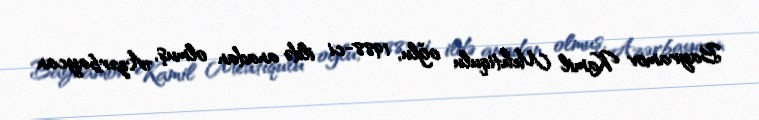
Bayramov Kamil Mehtiqulu oğlu, 1988-ci ildə anadan olmuş, Azərbaycan